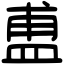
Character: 盙